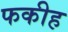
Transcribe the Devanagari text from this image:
फकीह